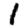
Digit: 1